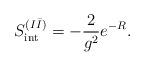
LaTeX: \begin{align*}S_{\rm int}^{(I \bar I)} = - \frac{2}{g^2} e^{- R}.\end{align*}